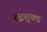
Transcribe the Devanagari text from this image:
रुद्रसुक्त